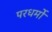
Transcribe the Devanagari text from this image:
परधर्मो